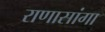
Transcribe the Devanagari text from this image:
राणासांगा